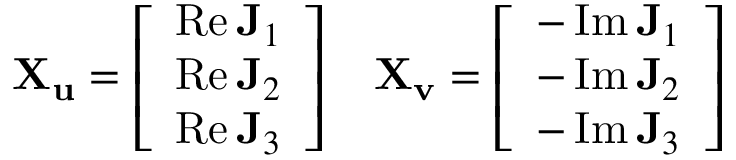
\mathbf { X _ { u } } = { \left[ \begin{array} { l } { \operatorname { R e } \mathbf { J } _ { 1 } } \\ { \operatorname { R e } \mathbf { J } _ { 2 } } \\ { \operatorname { R e } \mathbf { J } _ { 3 } } \end{array} \right] } \; \; \; \; \mathbf { X _ { v } } = { \left[ \begin{array} { l } { - \operatorname { I m } \mathbf { J } _ { 1 } } \\ { - \operatorname { I m } \mathbf { J } _ { 2 } } \\ { - \operatorname { I m } \mathbf { J } _ { 3 } } \end{array} \right] }